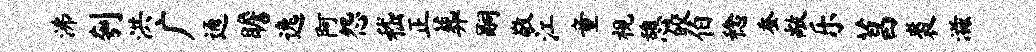
沸刳洪广通瞻逸阿怨嵇正葬嗣敬江童视憩皎伯稔蚕敞乐菖裘滋